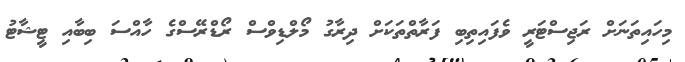
މިހައިތަނަށް ރަޖިސްޓަރީ ވެފައިތިބި ފަރާތްތަކަށް ދިރާގު މޯލްޑިވްސް ރޯޑްރޭސްގެ ހާއްސަ ބިބާއި ޓީޝާޓު